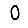
Digit: 0